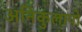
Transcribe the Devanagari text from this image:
अनिकुलापो